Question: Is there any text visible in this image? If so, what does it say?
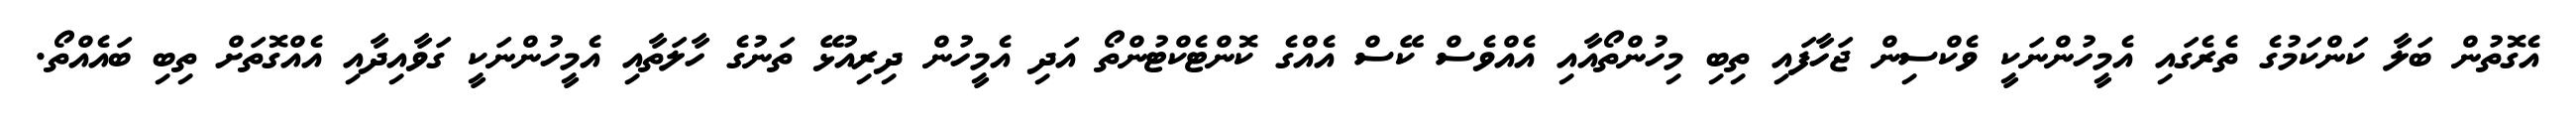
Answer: އެގޮތުން ބަލާ ކަންކަމުގެ ތެރެގައި އެމީހުންނަކީ ވެކްސިން ޖަހާފައި ތިބި މިހުންތޯއާއި އެއްވެސް ކޭސް އެއްގެ ކޮންޓެކްޓުންތޯ އަދި އެމީހުން ދިރިއުޅޭ ތަނުގެ ހާލަތާއި އެމީހުންނަކީ ގަވާއިދާއި އެއްގޮތަށް ތިބި ބައެއްތޯ.